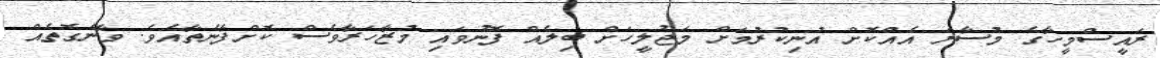
ރައީސްމީހާގެ މުސާރަ އެއްކޮށް އުނިކުރުމަށް މަޖުލީހަށް ބިލެއް ފޮނުވައި މުޒާހަރާވެސް ކޮށްފާނެތާއެވެ. ވާނެގޮތެއް